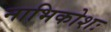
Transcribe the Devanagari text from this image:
नाभिकोशः